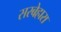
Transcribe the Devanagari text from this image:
सरबेहारा